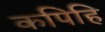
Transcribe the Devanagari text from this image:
कपिहि